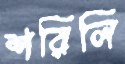
শরিলি